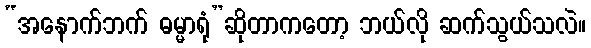
“အနောက်ဘက် ဓမ္မာရုံ”ဆိုတာကတော့ ဘယ်လို ဆက်သွယ်သလဲ။